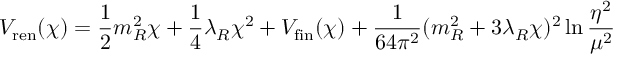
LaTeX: V _ { \mathrm { r e n } } ( \chi ) = \frac { 1 } { 2 } m _ { R } ^ { 2 } \chi + \frac { 1 } { 4 } \lambda _ { R } \chi ^ { 2 } + V _ { \mathrm { f i n } } ( \chi ) + \frac { 1 } { 6 4 \pi ^ { 2 } } ( m _ { R } ^ { 2 } + 3 \lambda _ { R } \chi ) ^ { 2 } \ln { \frac { \eta ^ { 2 } } { \mu ^ { 2 } } }